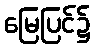
မြေပြင်၌